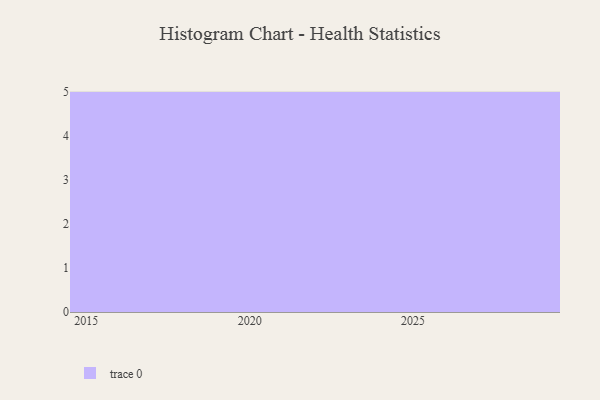
{"axis": {"x": "Year", "y": "Inventory Turnover"}, "legend": [""], "data": [{"x": "2022", "y": 13, "type": ""}, {"x": "2017", "y": 46, "type": ""}, {"x": "2023", "y": 91, "type": ""}, {"x": "2029", "y": 31, "type": ""}, {"x": "2026", "y": 33, "type": ""}, {"x": "2021", "y": 51, "type": ""}, {"x": "2018", "y": 36, "type": ""}, {"x": "2028", "y": 12, "type": ""}, {"x": "2020", "y": 79, "type": ""}, {"x": "2027", "y": 65, "type": ""}, {"x": "2024", "y": 29, "type": ""}, {"x": "2016", "y": 71, "type": ""}, {"x": "2025", "y": 95, "type": ""}, {"x": "2019", "y": 50, "type": ""}, {"x": "2015", "y": 56, "type": ""}]}